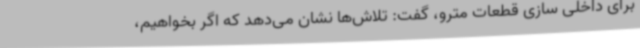
برای داخلی سازی قطعات مترو، گفت: تلاش‌ها نشان می‌دهد که اگر بخواهیم،